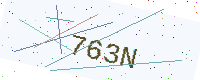
Text: 763N